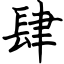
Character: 肆